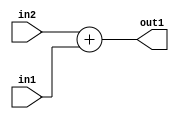
`timescale 1ps / 1ps
/*****************************************************************************
    Verilog RTL Description
    
    
    Created by: Stratus DpOpt 2019.1.01 
*******************************************************************************/

module SobelFilter_Add_12Ux9U_12U_4 (
	in2,
	in1,
	out1
	); /* architecture "behavioural" */ 
input [11:0] in2;
input [8:0] in1;
output [11:0] out1;
wire [11:0] asc001;

assign asc001 = 
	+(in2)
	+(in1);

assign out1 = asc001;
endmodule

/* CADENCE  ubL2Swg= : u9/ySgnWtBlWxVPRXgAZ4Og= ** DO NOT EDIT THIS LINE ******/